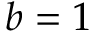
b = 1